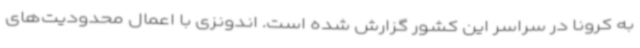
به کرونا در سراسر این کشور گزارش شده است. اندونزی با اعمال محدودیت‌های